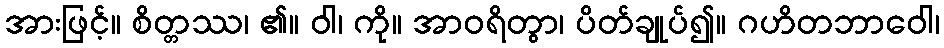
အားဖြင့်။ စိတ္တဿ၊ ၏။ ဝါ၊ ကို။ အာဝရိတွာ၊ ပိတ်ချုပ်၍။ ဂဟိတဘာဝေါ၊